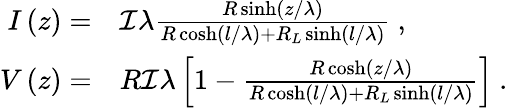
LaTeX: \begin{array}{rl}{I\left(z\right)=}&{{}\mathcal{I}\lambda\frac{R\sinh\left(z/\lambda\right)}{R\cosh\left(l/\lambda\right)+R_{L}\sinh\left(l/\lambda\right)}\mathrm{~,~}}\\ {V\left(z\right)=}&{{}R\mathcal{I}\lambda\left[1-\frac{R\cosh\left(z/\lambda\right)}{R\cosh\left(l/\lambda\right)+R_{L}\sinh\left(l/\lambda\right)}\right]\mathrm{~.~}}\end{array}